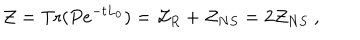
{ \cal Z } = \mathrm { T r } ( P e ^ { - t L _ { 0 } } ) = { \cal Z } _ { R } + { \cal Z } _ { N S } = 2 { \cal Z } _ { N S } \ ,